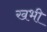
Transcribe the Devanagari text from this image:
खभी